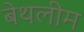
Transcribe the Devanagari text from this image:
बेथलीम